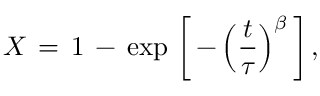
X \, = \, 1 \, - \, \mathrm { e x p } \, \left[ \, - \, \Bigl ( \frac { t } { \tau } \Bigl ) ^ { \beta } \, \right] ,